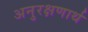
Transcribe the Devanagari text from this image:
अनुरक्षणार्थ